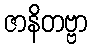
ဇာနိတဗ္ဗာ